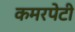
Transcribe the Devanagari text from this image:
कमरपेटी